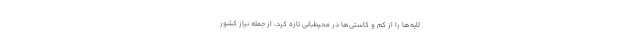
لایه‌ها را از کم و کاستی‌ها در محیط‌بانی تازه کرد، از جمله نیاز کشور